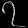
Digit: ၇